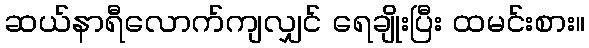
ဆယ်နာရီလောက်ကျလျှင် ရေချိုးပြီး ထမင်းစား။